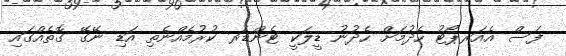
ފަސް އެއަރޕޯޓު ހެދުމަށް ހެދުނު ޑީލަކީ ޓެންޑަރ ކުރުމެއްނެތި އަޑި ނޭގޭ ގޮތެއްގައި